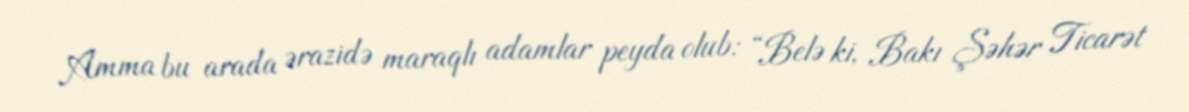
Amma bu arada ərazidə maraqlı adamlar peyda olub: “Belə ki, Bakı Şəhər Ticarət